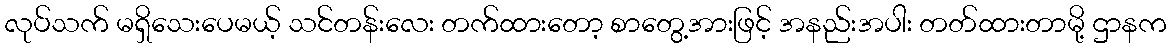
လုပ်သက် မရှိသေးပေမယ့် သင်တန်းလေး တက်ထားတော့ စာတွေ့အားဖြင့် အနည်းအပါး တတ်ထားတာမို့ ဌာနက